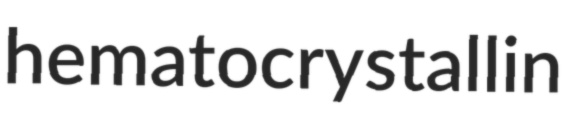
hematocrystallin